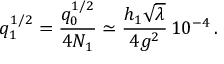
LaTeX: q _ { 1 } ^ { 1 / 2 } = { \frac { q _ { 0 } ^ { 1 / 2 } } { 4 N _ { 1 } } } \simeq { \frac { h _ { 1 } \sqrt \lambda } { 4 g ^ { 2 } } } \, 1 0 ^ { - 4 } \, .